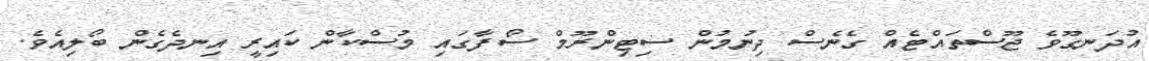
އުދަނގޫވެ ޖޫސްތައްޓެއް ގެނެސް ދިނުމުން ސިޓިންރޫމް ސޯފާގައި މުސްކާން ކައިރީ އިނދެގެން ބޯލިއެވެ.